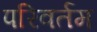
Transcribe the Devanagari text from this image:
परिवर्तम